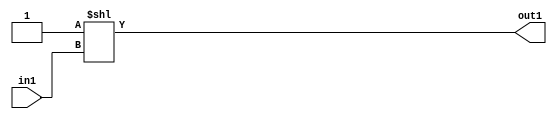
`timescale 1ps / 1ps
/*****************************************************************************
    Verilog RTL Description
    
    
    Created by: Stratus DpOpt 2019.1.01 
*******************************************************************************/

module SobelFilter_DECODE_8U_6_4 (
	in1,
	out1
	); /* architecture "behavioural" */ 
input [2:0] in1;
output [7:0] out1;
wire [7:0] asc001;

assign asc001 = 8'B00000001 << in1;

assign out1 = asc001;
endmodule

/* CADENCE  urf5SQo= : u9/ySgnWtBlWxVPRXgAZ4Og= ** DO NOT EDIT THIS LINE ******/